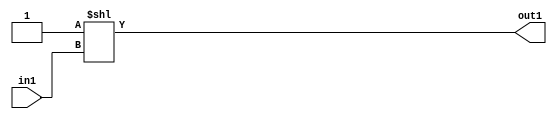
`timescale 1ps / 1ps
/*****************************************************************************
    Verilog RTL Description
    
    
    Created by: Stratus DpOpt 2019.1.01 
*******************************************************************************/

module SobelFilter_DECODE_8U_6_4 (
	in1,
	out1
	); /* architecture "behavioural" */ 
input [2:0] in1;
output [7:0] out1;
wire [7:0] asc001;

assign asc001 = 8'B00000001 << in1;

assign out1 = asc001;
endmodule

/* CADENCE  urf5SQo= : u9/ySgnWtBlWxVPRXgAZ4Og= ** DO NOT EDIT THIS LINE ******/